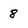
Character: 8